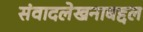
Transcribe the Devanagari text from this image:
संवादलेखनाबद्दल